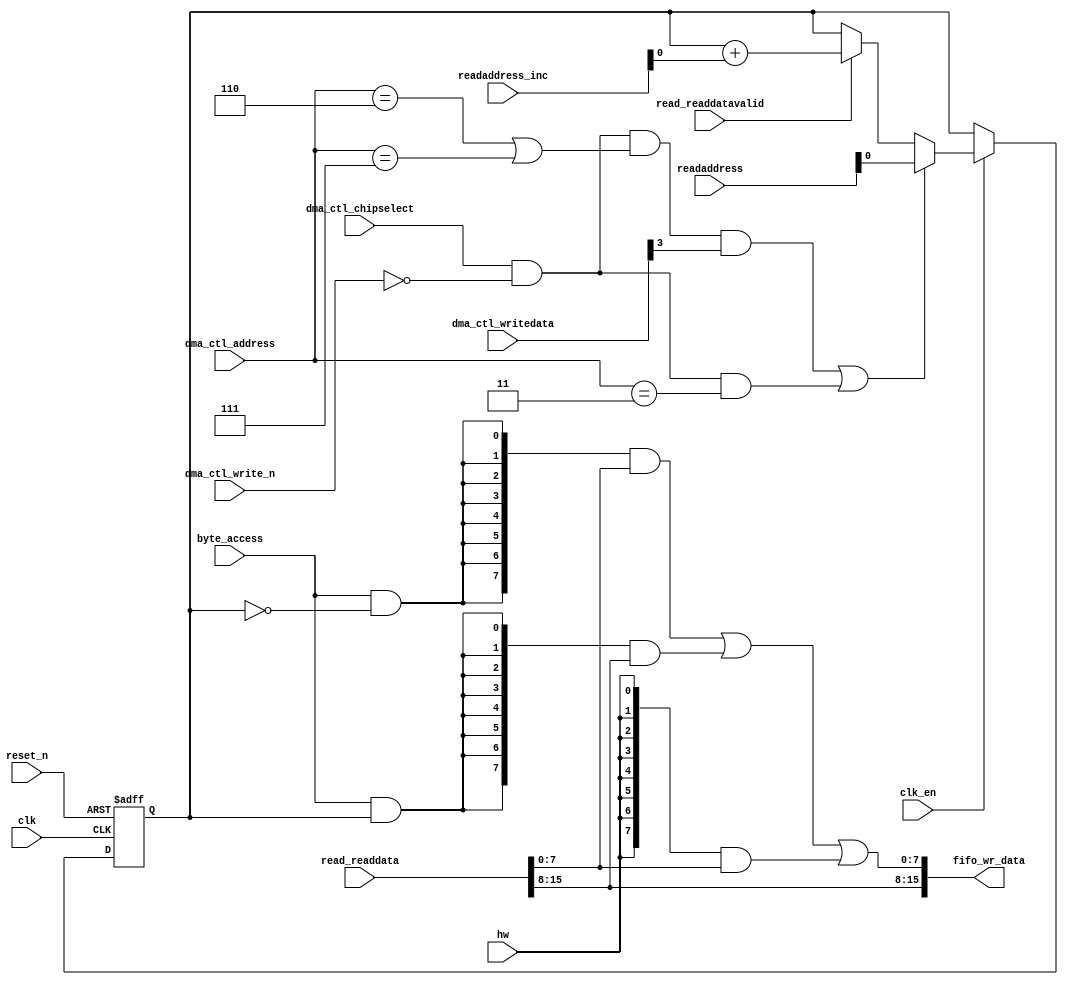
//Legal Notice: (C)2012 Altera Corporation. All rights reserved.  Your
//use of Altera Corporation's design tools, logic functions and other
//software and tools, and its AMPP partner logic functions, and any
//output files any of the foregoing (including device programming or
//simulation files), and any associated documentation or information are
//expressly subject to the terms and conditions of the Altera Program
//License Subscription Agreement or other applicable license agreement,
//including, without limitation, that your use is for the sole purpose
//of programming logic devices manufactured by Altera and sold by Altera
//or its authorized distributors.  Please refer to the applicable
//agreement for further details.

// synthesis translate_off
`timescale 1ns / 1ps
// synthesis translate_on

// turn off superfluous verilog processor warnings 
// altera message_level Level1 
// altera message_off 10034 10035 10036 10037 10230 10240 10030 

module dma_read_data_mux (
                           // inputs:
                            byte_access,
                            clk,
                            clk_en,
                            dma_ctl_address,
                            dma_ctl_chipselect,
                            dma_ctl_write_n,
                            dma_ctl_writedata,
                            hw,
                            read_readdata,
                            read_readdatavalid,
                            readaddress,
                            readaddress_inc,
                            reset_n,

                           // outputs:
                            fifo_wr_data
                         )
;

  output  [ 15: 0] fifo_wr_data;
  input            byte_access;
  input            clk;
  input            clk_en;
  input   [  2: 0] dma_ctl_address;
  input            dma_ctl_chipselect;
  input            dma_ctl_write_n;
  input   [ 23: 0] dma_ctl_writedata;
  input            hw;
  input   [ 15: 0] read_readdata;
  input            read_readdatavalid;
  input   [ 23: 0] readaddress;
  input   [  4: 0] readaddress_inc;
  input            reset_n;

  wire             control_write;
  wire    [ 15: 0] fifo_wr_data;
  wire             length_write;
  wire             read_data_mux_input;
  reg              readdata_mux_select;
  assign control_write = dma_ctl_chipselect & ~dma_ctl_write_n & ((dma_ctl_address == 6) || (dma_ctl_address == 7));
  assign length_write = dma_ctl_chipselect & ~dma_ctl_write_n & (dma_ctl_address == 3);
  assign read_data_mux_input = ((control_write && dma_ctl_writedata[3] || length_write))? readaddress[1 : 0] :
    (read_readdatavalid)? (readdata_mux_select + readaddress_inc) :
    readdata_mux_select;

  // Reset value: the transaction size bits of the read address reset value.
  always @(posedge clk or negedge reset_n)
    begin
      if (reset_n == 0)
          readdata_mux_select <= 0;
      else if (clk_en)
          readdata_mux_select <= read_data_mux_input;
    end


  assign fifo_wr_data[15 : 8] = read_readdata[15 : 8];
  assign fifo_wr_data[7 : 0] = ({8 {(byte_access & (readdata_mux_select == 0))}} & read_readdata[7 : 0]) |
    ({8 {(byte_access & (readdata_mux_select == 1))}} & read_readdata[15 : 8]) |
    ({8 {hw}} & read_readdata[7 : 0]);


endmodule



// turn off superfluous verilog processor warnings 
// altera message_level Level1 
// altera message_off 10034 10035 10036 10037 10230 10240 10030 

module dma_byteenables (
                         // inputs:
                          byte_access,
                          hw,
                          write_address,

                         // outputs:
                          write_byteenable
                       )
;

  output  [  1: 0] write_byteenable;
  input            byte_access;
  input            hw;
  input   [ 23: 0] write_address;

  wire             wa_0_is_0;
  wire             wa_0_is_1;
  wire    [  1: 0] write_byteenable;
  assign wa_0_is_1 = write_address[0] == 1'h1;
  assign wa_0_is_0 = write_address[0] == 1'h0;
  assign write_byteenable = ({2 {byte_access}} & {wa_0_is_1, wa_0_is_0}) |
    ({2 {hw}} & 2'b11);


endmodule



// turn off superfluous verilog processor warnings 
// altera message_level Level1 
// altera message_off 10034 10035 10036 10037 10230 10240 10030 

module dma_fifo_module_fifo_ram_module (
                                         // inputs:
                                          clk,
                                          data,
                                          rdaddress,
                                          rdclken,
                                          reset_n,
                                          wraddress,
                                          wrclock,
                                          wren,

                                         // outputs:
                                          q
                                       )
;

  output  [ 15: 0] q;
  input            clk;
  input   [ 15: 0] data;
  input   [  4: 0] rdaddress;
  input            rdclken;
  input            reset_n;
  input   [  4: 0] wraddress;
  input            wrclock;
  input            wren;

  reg     [ 15: 0] mem_array [ 31: 0];
  wire    [ 15: 0] q;
  reg     [  4: 0] read_address;

//synthesis translate_off
//////////////// SIMULATION-ONLY CONTENTS
  always @(posedge clk or negedge reset_n)
    begin
      if (reset_n == 0)
          read_address <= 0;
      else if (rdclken)
          read_address <= rdaddress;
    end


  // Data read is synchronized through latent_rdaddress.
  assign q = mem_array[read_address];

  always @(posedge wrclock)
    begin
      // Write data
      if (wren)
          mem_array[wraddress] <= data;
    end



//////////////// END SIMULATION-ONLY CONTENTS

//synthesis translate_on
//synthesis read_comments_as_HDL on
//  always @(rdaddress)
//    begin
//      read_address = rdaddress;
//    end
//
//
//  lpm_ram_dp lpm_ram_dp_component
//    (
//      .data (data),
//      .q (q),
//      .rdaddress (read_address),
//      .rdclken (rdclken),
//      .rdclock (clk),
//      .wraddress (wraddress),
//      .wrclock (wrclock),
//      .wren (wren)
//    );
//
//  defparam lpm_ram_dp_component.lpm_file = "UNUSED",
//           lpm_ram_dp_component.lpm_hint = "USE_EAB=ON",
//           lpm_ram_dp_component.lpm_indata = "REGISTERED",
//           lpm_ram_dp_component.lpm_outdata = "UNREGISTERED",
//           lpm_ram_dp_component.lpm_rdaddress_control = "REGISTERED",
//           lpm_ram_dp_component.lpm_width = 16,
//           lpm_ram_dp_component.lpm_widthad = 5,
//           lpm_ram_dp_component.lpm_wraddress_control = "REGISTERED",
//           lpm_ram_dp_component.suppress_memory_conversion_warnings = "ON";
//
//synthesis read_comments_as_HDL off

endmodule



// turn off superfluous verilog processor warnings 
// altera message_level Level1 
// altera message_off 10034 10035 10036 10037 10230 10240 10030 

module dma_fifo_module (
                         // inputs:
                          clk,
                          clk_en,
                          fifo_read,
                          fifo_wr_data,
                          fifo_write,
                          flush_fifo,
                          inc_pending_data,
                          reset_n,

                         // outputs:
                          fifo_datavalid,
                          fifo_empty,
                          fifo_rd_data,
                          p1_fifo_full
                       )
;

  output           fifo_datavalid;
  output           fifo_empty;
  output  [ 15: 0] fifo_rd_data;
  output           p1_fifo_full;
  input            clk;
  input            clk_en;
  input            fifo_read;
  input   [ 15: 0] fifo_wr_data;
  input            fifo_write;
  input            flush_fifo;
  input            inc_pending_data;
  input            reset_n;

  wire    [  4: 0] estimated_rdaddress;
  reg     [  4: 0] estimated_wraddress;
  wire             fifo_datavalid;
  wire             fifo_dec;
  reg              fifo_empty;
  reg              fifo_full;
  wire             fifo_inc;
  wire    [ 15: 0] fifo_ram_q;
  wire    [ 15: 0] fifo_rd_data;
  reg              last_write_collision;
  reg     [ 15: 0] last_write_data;
  wire    [  4: 0] p1_estimated_wraddress;
  wire             p1_fifo_empty;
  wire             p1_fifo_full;
  wire    [  4: 0] p1_wraddress;
  wire    [  4: 0] rdaddress;
  reg     [  4: 0] rdaddress_reg;
  reg     [  4: 0] wraddress;
  wire             write_collision;
  assign p1_wraddress = (fifo_write)? wraddress - 1 :
    wraddress;

  always @(posedge clk or negedge reset_n)
    begin
      if (reset_n == 0)
          wraddress <= 0;
      else if (clk_en)
          if (flush_fifo)
              wraddress <= 0;
          else 
            wraddress <= p1_wraddress;
    end


  assign rdaddress = flush_fifo ? 0 : fifo_read ? (rdaddress_reg - 1) : rdaddress_reg;
  always @(posedge clk or negedge reset_n)
    begin
      if (reset_n == 0)
          rdaddress_reg <= 0;
      else 
        rdaddress_reg <= rdaddress;
    end


  assign fifo_datavalid = ~fifo_empty;
  assign fifo_inc = fifo_write & ~fifo_read;
  assign fifo_dec = fifo_read & ~fifo_write;
  assign estimated_rdaddress = rdaddress_reg - 1;
  assign p1_estimated_wraddress = (inc_pending_data)? estimated_wraddress - 1 :
    estimated_wraddress;

  always @(posedge clk or negedge reset_n)
    begin
      if (reset_n == 0)
          estimated_wraddress <= {5 {1'b1}};
      else if (clk_en)
          if (flush_fifo)
              estimated_wraddress <= {5 {1'b1}};
          else 
            estimated_wraddress <= p1_estimated_wraddress;
    end


  assign p1_fifo_empty = flush_fifo  | ((~fifo_inc & fifo_empty) | (fifo_dec & (wraddress == estimated_rdaddress)));
  always @(posedge clk or negedge reset_n)
    begin
      if (reset_n == 0)
          fifo_empty <= 1;
      else if (clk_en)
          fifo_empty <= p1_fifo_empty;
    end


  assign p1_fifo_full = ~flush_fifo & ((~fifo_dec & fifo_full)  | (inc_pending_data & (estimated_wraddress == rdaddress)));
  always @(posedge clk or negedge reset_n)
    begin
      if (reset_n == 0)
          fifo_full <= 0;
      else if (clk_en)
          fifo_full <= p1_fifo_full;
    end


  assign write_collision = fifo_write && (wraddress == rdaddress);
  always @(posedge clk or negedge reset_n)
    begin
      if (reset_n == 0)
          last_write_data <= 0;
      else if (write_collision)
          last_write_data <= fifo_wr_data;
    end


  always @(posedge clk or negedge reset_n)
    begin
      if (reset_n == 0)
          last_write_collision <= 0;
      else if (write_collision)
          last_write_collision <= -1;
      else if (fifo_read)
          last_write_collision <= 0;
    end


  assign fifo_rd_data = last_write_collision ? last_write_data : fifo_ram_q;
  //dma_fifo_module_fifo_ram, which is an e_ram
  dma_fifo_module_fifo_ram_module dma_fifo_module_fifo_ram
    (
      .clk       (clk),
      .data      (fifo_wr_data),
      .q         (fifo_ram_q),
      .rdaddress (rdaddress),
      .rdclken   (1'b1),
      .reset_n   (reset_n),
      .wraddress (wraddress),
      .wrclock   (clk),
      .wren      (fifo_write)
    );


endmodule



// turn off superfluous verilog processor warnings 
// altera message_level Level1 
// altera message_off 10034 10035 10036 10037 10230 10240 10030 

module dma_mem_read (
                      // inputs:
                       clk,
                       clk_en,
                       go,
                       p1_done_read,
                       p1_fifo_full,
                       read_waitrequest,
                       reset_n,

                      // outputs:
                       inc_read,
                       mem_read_n
                    )
;

  output           inc_read;
  output           mem_read_n;
  input            clk;
  input            clk_en;
  input            go;
  input            p1_done_read;
  input            p1_fifo_full;
  input            read_waitrequest;
  input            reset_n;

  reg              dma_mem_read_access;
  reg              dma_mem_read_idle;
  wire             inc_read;
  wire             mem_read_n;
  wire             p1_read_select;
  reg              read_select;
  assign mem_read_n = ~read_select;
  always @(posedge clk or negedge reset_n)
    begin
      if (reset_n == 0)
          read_select <= 0;
      else if (clk_en)
          read_select <= p1_read_select;
    end


  assign inc_read = read_select & ~read_waitrequest;
  // Transitions into state 'idle'.
  always @(posedge clk or negedge reset_n)
    begin
      if (reset_n == 0)
          dma_mem_read_idle <= 1;
      else if (clk_en)
          dma_mem_read_idle <= ((dma_mem_read_idle == 1) & (go == 0)) |
                    ((dma_mem_read_idle == 1) & (p1_done_read == 1)) |
                    ((dma_mem_read_idle == 1) & (p1_fifo_full == 1)) |
                    ((dma_mem_read_access == 1) & (p1_fifo_full == 1) & (read_waitrequest == 0)) |
                    ((dma_mem_read_access == 1) & (p1_done_read == 1) & (read_waitrequest == 0));

    end


  // Transitions into state 'access'.
  always @(posedge clk or negedge reset_n)
    begin
      if (reset_n == 0)
          dma_mem_read_access <= 0;
      else if (clk_en)
          dma_mem_read_access <= ((dma_mem_read_idle == 1) & (p1_fifo_full == 0) & (p1_done_read == 0) & (go == 1)) |
                    ((dma_mem_read_access == 1) & (read_waitrequest == 1)) |
                    ((dma_mem_read_access == 1) & (p1_fifo_full == 0) & (p1_done_read == 0) & (read_waitrequest == 0));

    end


  assign p1_read_select = ({1 {((dma_mem_read_access && (read_waitrequest == 1)))}} & 1) |
    ({1 {((dma_mem_read_access && (p1_done_read == 0) && (p1_fifo_full == 0) && (read_waitrequest == 0)))}} & 1) |
    ({1 {((dma_mem_read_idle && (go == 1) && (p1_done_read == 0) && (p1_fifo_full == 0)))}} & 1);


endmodule



// turn off superfluous verilog processor warnings 
// altera message_level Level1 
// altera message_off 10034 10035 10036 10037 10230 10240 10030 

module dma_mem_write (
                       // inputs:
                        d1_enabled_write_endofpacket,
                        fifo_datavalid,
                        write_waitrequest,

                       // outputs:
                        fifo_read,
                        inc_write,
                        mem_write_n,
                        write_select
                     )
;

  output           fifo_read;
  output           inc_write;
  output           mem_write_n;
  output           write_select;
  input            d1_enabled_write_endofpacket;
  input            fifo_datavalid;
  input            write_waitrequest;

  wire             fifo_read;
  wire             inc_write;
  wire             mem_write_n;
  wire             write_select;
  assign write_select = fifo_datavalid & ~d1_enabled_write_endofpacket;
  assign mem_write_n = ~write_select;
  assign fifo_read = write_select & ~write_waitrequest;
  assign inc_write = fifo_read;

endmodule



// turn off superfluous verilog processor warnings 
// altera message_level Level1 
// altera message_off 10034 10035 10036 10037 10230 10240 10030 

// DMA peripheral dma
//Mastered by:
//cpu/data_master; 
//Read slaves:
//DE0_SOPC_clock_1/in; 
//Write slaves:
//DE0_SOPC_clock_2/in; 


module dma (
             // inputs:
              clk,
              dma_ctl_address,
              dma_ctl_chipselect,
              dma_ctl_write_n,
              dma_ctl_writedata,
              read_endofpacket,
              read_readdata,
              read_readdatavalid,
              read_waitrequest,
              system_reset_n,
              write_endofpacket,
              write_waitrequest,

             // outputs:
              dma_ctl_irq,
              dma_ctl_readdata,
              dma_ctl_readyfordata,
              read_address,
              read_chipselect,
              read_flush,
              read_read_n,
              write_address,
              write_byteenable,
              write_chipselect,
              write_write_n,
              write_writedata
           )
;

  output           dma_ctl_irq;
  output  [ 23: 0] dma_ctl_readdata;
  output           dma_ctl_readyfordata;
  output  [ 23: 0] read_address;
  output           read_chipselect;
  output           read_flush;
  output           read_read_n;
  output  [ 23: 0] write_address;
  output  [  1: 0] write_byteenable;
  output           write_chipselect;
  output           write_write_n;
  output  [ 15: 0] write_writedata;
  input            clk;
  input   [  2: 0] dma_ctl_address;
  input            dma_ctl_chipselect;
  input            dma_ctl_write_n;
  input   [ 23: 0] dma_ctl_writedata;
  input            read_endofpacket;
  input   [ 15: 0] read_readdata;
  input            read_readdatavalid;
  input            read_waitrequest;
  input            system_reset_n;
  input            write_endofpacket;
  input            write_waitrequest;

  wire             busy;
  wire             byte_access;
  wire             clk_en;
  reg     [ 12: 0] control;
  reg              d1_done_transaction;
  reg              d1_enabled_write_endofpacket;
  reg              d1_read_got_endofpacket;
  reg              d1_softwarereset;
  wire             dma_ctl_irq;
  reg     [ 23: 0] dma_ctl_readdata;
  wire             dma_ctl_readyfordata;
  reg              done;
  wire             done_transaction;
  reg              done_write;
  wire             doubleword;
  wire             enabled_write_endofpacket;
  wire             fifo_datavalid;
  wire             fifo_empty;
  wire    [ 15: 0] fifo_rd_data;
  wire    [ 15: 0] fifo_rd_data_as_byte_access;
  wire    [ 15: 0] fifo_rd_data_as_hw;
  wire             fifo_read;
  wire    [ 15: 0] fifo_wr_data;
  wire             fifo_write;
  wire             fifo_write_data_valid;
  wire             flush_fifo;
  wire             go;
  wire             hw;
  wire             i_en;
  wire             inc_read;
  wire             inc_write;
  wire             leen;
  reg              len;
  reg     [ 23: 0] length;
  reg              length_eq_0;
  wire             mem_read_n;
  wire             mem_write_n;
  wire    [ 12: 0] p1_control;
  wire    [ 23: 0] p1_dma_ctl_readdata;
  wire             p1_done_read;
  wire             p1_done_write;
  wire             p1_fifo_full;
  wire    [ 23: 0] p1_length;
  wire             p1_length_eq_0;
  wire             p1_read_got_endofpacket;
  wire    [ 23: 0] p1_readaddress;
  wire             p1_write_got_endofpacket;
  wire    [ 23: 0] p1_writeaddress;
  wire    [ 23: 0] p1_writelength;
  wire             p1_writelength_eq_0;
  wire             quadword;
  wire             rcon;
  wire    [ 23: 0] read_address;
  wire             read_chipselect;
  wire             read_flush;
  reg              read_got_endofpacket;
  wire             read_read_n;
  reg     [ 23: 0] readaddress;
  wire    [  4: 0] readaddress_inc;
  wire             reen;
  reg              reop;
  wire             reset_n;
  wire             set_software_reset_bit;
  reg              software_reset_request;
  wire             softwarereset;
  wire    [  4: 0] status;
  wire             status_register_write;
  wire             wcon;
  wire             ween;
  reg              weop;
  wire             word;
  wire    [ 23: 0] write_address;
  wire    [  1: 0] write_byteenable;
  wire             write_chipselect;
  reg              write_got_endofpacket;
  wire             write_select;
  wire             write_write_n;
  wire    [ 15: 0] write_writedata;
  reg     [ 23: 0] writeaddress;
  wire    [  4: 0] writeaddress_inc;
  reg     [ 23: 0] writelength;
  reg              writelength_eq_0;
  assign clk_en = 1;
  //control_port_slave, which is an e_avalon_slave
  //read_master, which is an e_avalon_master
  dma_read_data_mux the_dma_read_data_mux
    (
      .byte_access        (byte_access),
      .clk                (clk),
      .clk_en             (clk_en),
      .dma_ctl_address    (dma_ctl_address),
      .dma_ctl_chipselect (dma_ctl_chipselect),
      .dma_ctl_write_n    (dma_ctl_write_n),
      .dma_ctl_writedata  (dma_ctl_writedata),
      .fifo_wr_data       (fifo_wr_data),
      .hw                 (hw),
      .read_readdata      (read_readdata),
      .read_readdatavalid (read_readdatavalid),
      .readaddress        (readaddress),
      .readaddress_inc    (readaddress_inc),
      .reset_n            (reset_n)
    );

  //write_master, which is an e_avalon_master
  dma_byteenables the_dma_byteenables
    (
      .byte_access      (byte_access),
      .hw               (hw),
      .write_address    (write_address),
      .write_byteenable (write_byteenable)
    );

  assign dma_ctl_readyfordata = ~busy;
  assign read_read_n = mem_read_n;
  assign status_register_write = dma_ctl_chipselect & ~dma_ctl_write_n & (dma_ctl_address == 0);
  // read address
  always @(posedge clk or negedge reset_n)
    begin
      if (reset_n == 0)
          readaddress <= 24'h0;
      else if (clk_en)
          readaddress <= p1_readaddress;
    end


  assign p1_readaddress = ((dma_ctl_chipselect & ~dma_ctl_write_n & (dma_ctl_address == 1)))? dma_ctl_writedata :
    (inc_read)? (readaddress + readaddress_inc) :
    readaddress;

  // write address
  always @(posedge clk or negedge reset_n)
    begin
      if (reset_n == 0)
          writeaddress <= 24'h0;
      else if (clk_en)
          writeaddress <= p1_writeaddress;
    end


  assign p1_writeaddress = ((dma_ctl_chipselect & ~dma_ctl_write_n & (dma_ctl_address == 2)))? dma_ctl_writedata :
    (inc_write)? (writeaddress + writeaddress_inc) :
    writeaddress;

  // length in bytes
  always @(posedge clk or negedge reset_n)
    begin
      if (reset_n == 0)
          length <= 24'h0;
      else if (clk_en)
          length <= p1_length;
    end


  assign p1_length = ((dma_ctl_chipselect & ~dma_ctl_write_n & (dma_ctl_address == 3)))? dma_ctl_writedata :
    ((inc_read && (!length_eq_0)))? length - {1'b0,
    1'b0,
    1'b0,
    hw,
    byte_access} :
    length;

  // control register
  always @(posedge clk or negedge reset_n)
    begin
      if (reset_n == 0)
          control <= 13'h84;
      else if (clk_en)
          control <= p1_control;
    end


  assign p1_control = ((dma_ctl_chipselect & ~dma_ctl_write_n & ((dma_ctl_address == 6) || (dma_ctl_address == 7))))? dma_ctl_writedata :
    control;

  // write master length
  always @(posedge clk or negedge reset_n)
    begin
      if (reset_n == 0)
          writelength <= 24'h0;
      else if (clk_en)
          writelength <= p1_writelength;
    end


  assign p1_writelength = ((dma_ctl_chipselect & ~dma_ctl_write_n & (dma_ctl_address == 3)))? dma_ctl_writedata :
    ((inc_write && (!writelength_eq_0)))? writelength - {1'b0,
    1'b0,
    1'b0,
    hw,
    byte_access} :
    writelength;

  assign p1_writelength_eq_0 = inc_write && (!writelength_eq_0) && ((writelength  - {1'b0,
    1'b0,
    1'b0,
    hw,
    byte_access}) == 0);

  assign p1_length_eq_0 = inc_read && (!length_eq_0) && ((length  - {1'b0,
    1'b0,
    1'b0,
    hw,
    byte_access}) == 0);

  always @(posedge clk or negedge reset_n)
    begin
      if (reset_n == 0)
          length_eq_0 <= 1;
      else if (clk_en)
          if (dma_ctl_chipselect & ~dma_ctl_write_n & (dma_ctl_address == 3))
              length_eq_0 <= 0;
          else if (p1_length_eq_0)
              length_eq_0 <= -1;
    end


  always @(posedge clk or negedge reset_n)
    begin
      if (reset_n == 0)
          writelength_eq_0 <= 1;
      else if (clk_en)
          if (dma_ctl_chipselect & ~dma_ctl_write_n & (dma_ctl_address == 3))
              writelength_eq_0 <= 0;
          else if (p1_writelength_eq_0)
              writelength_eq_0 <= -1;
    end


  assign writeaddress_inc = (wcon)? 0 :
    {1'b0,
    1'b0,
    1'b0,
    hw,
    byte_access};

  assign readaddress_inc = (rcon)? 0 :
    {1'b0,
    1'b0,
    1'b0,
    hw,
    byte_access};

  assign p1_dma_ctl_readdata = ({24 {(dma_ctl_address == 0)}} & status) |
    ({24 {(dma_ctl_address == 1)}} & readaddress) |
    ({24 {(dma_ctl_address == 2)}} & writeaddress) |
    ({24 {(dma_ctl_address == 3)}} & writelength) |
    ({24 {(dma_ctl_address == 6)}} & control);

  always @(posedge clk or negedge reset_n)
    begin
      if (reset_n == 0)
          dma_ctl_readdata <= 0;
      else if (clk_en)
          dma_ctl_readdata <= p1_dma_ctl_readdata;
    end


  assign done_transaction = go & done_write;
  always @(posedge clk or negedge reset_n)
    begin
      if (reset_n == 0)
          done <= 0;
      else if (clk_en)
          if (status_register_write)
              done <= 0;
          else if (done_transaction & ~d1_done_transaction)
              done <= -1;
    end


  always @(posedge clk or negedge reset_n)
    begin
      if (reset_n == 0)
          d1_done_transaction <= 0;
      else if (clk_en)
          d1_done_transaction <= done_transaction;
    end


  assign busy = go & ~done_write;
  assign status[0] = done;
  assign status[1] = busy;
  assign status[2] = reop;
  assign status[3] = weop;
  assign status[4] = len;
  assign byte_access = control[0];
  assign hw = control[1];
  assign word = control[2];
  assign go = control[3];
  assign i_en = control[4];
  assign reen = control[5];
  assign ween = control[6];
  assign leen = control[7];
  assign rcon = control[8];
  assign wcon = control[9];
  assign doubleword = control[10];
  assign quadword = control[11];
  assign softwarereset = control[12];
  assign dma_ctl_irq = i_en & done;
  assign p1_read_got_endofpacket = ~status_register_write && (read_got_endofpacket || (read_endofpacket & reen));
  assign p1_write_got_endofpacket = ~status_register_write && (write_got_endofpacket || (inc_write & write_endofpacket & ween));
  always @(posedge clk or negedge reset_n)
    begin
      if (reset_n == 0)
          read_got_endofpacket <= 0;
      else if (clk_en)
          read_got_endofpacket <= p1_read_got_endofpacket;
    end


  always @(posedge clk or negedge reset_n)
    begin
      if (reset_n == 0)
          write_got_endofpacket <= 0;
      else if (clk_en)
          write_got_endofpacket <= p1_write_got_endofpacket;
    end


  assign flush_fifo = ~d1_done_transaction & done_transaction;
  dma_fifo_module the_dma_fifo_module
    (
      .clk              (clk),
      .clk_en           (clk_en),
      .fifo_datavalid   (fifo_datavalid),
      .fifo_empty       (fifo_empty),
      .fifo_rd_data     (fifo_rd_data),
      .fifo_read        (fifo_read),
      .fifo_wr_data     (fifo_wr_data),
      .fifo_write       (fifo_write),
      .flush_fifo       (flush_fifo),
      .inc_pending_data (inc_read),
      .p1_fifo_full     (p1_fifo_full),
      .reset_n          (reset_n)
    );

  //the_dma_mem_read, which is an e_instance
  dma_mem_read the_dma_mem_read
    (
      .clk              (clk),
      .clk_en           (clk_en),
      .go               (go),
      .inc_read         (inc_read),
      .mem_read_n       (mem_read_n),
      .p1_done_read     (p1_done_read),
      .p1_fifo_full     (p1_fifo_full),
      .read_waitrequest (read_waitrequest),
      .reset_n          (reset_n)
    );

  assign fifo_write = fifo_write_data_valid;
  assign enabled_write_endofpacket = write_endofpacket & ween;
  always @(posedge clk or negedge reset_n)
    begin
      if (reset_n == 0)
          d1_enabled_write_endofpacket <= 0;
      else if (clk_en)
          d1_enabled_write_endofpacket <= enabled_write_endofpacket;
    end


  dma_mem_write the_dma_mem_write
    (
      .d1_enabled_write_endofpacket (d1_enabled_write_endofpacket),
      .fifo_datavalid               (fifo_datavalid),
      .fifo_read                    (fifo_read),
      .inc_write                    (inc_write),
      .mem_write_n                  (mem_write_n),
      .write_select                 (write_select),
      .write_waitrequest            (write_waitrequest)
    );

  assign p1_done_read = (leen && (p1_length_eq_0 || (length_eq_0))) | p1_read_got_endofpacket | p1_done_write;
  always @(posedge clk or negedge reset_n)
    begin
      if (reset_n == 0)
          len <= 0;
      else if (clk_en)
          if (status_register_write)
              len <= 0;
          else if (~d1_done_transaction & done_transaction && (writelength_eq_0))
              len <= -1;
    end


  always @(posedge clk or negedge reset_n)
    begin
      if (reset_n == 0)
          reop <= 0;
      else if (clk_en)
          if (status_register_write)
              reop <= 0;
          else if (fifo_empty & read_got_endofpacket & d1_read_got_endofpacket)
              reop <= -1;
    end


  always @(posedge clk or negedge reset_n)
    begin
      if (reset_n == 0)
          weop <= 0;
      else if (clk_en)
          if (status_register_write)
              weop <= 0;
          else if (write_got_endofpacket)
              weop <= -1;
    end


  assign p1_done_write = (leen && (p1_writelength_eq_0 || writelength_eq_0)) | p1_write_got_endofpacket | fifo_empty & d1_read_got_endofpacket;
  always @(posedge clk or negedge reset_n)
    begin
      if (reset_n == 0)
          d1_read_got_endofpacket <= 0;
      else if (clk_en)
          d1_read_got_endofpacket <= read_got_endofpacket;
    end


  // Write has completed when the length goes to 0, or
  //the write source said end-of-packet, or
  //the read source said end-of-packet and the fifo has emptied.
  always @(posedge clk or negedge reset_n)
    begin
      if (reset_n == 0)
          done_write <= 0;
      else if (clk_en)
          done_write <= p1_done_write;
    end


  assign read_address = readaddress;
  assign write_address = writeaddress;
  assign write_chipselect = write_select;
  assign read_chipselect = ~read_read_n;
  assign write_write_n = mem_write_n;
  assign read_flush = flush_fifo;
  assign fifo_rd_data_as_byte_access = {fifo_rd_data[7 : 0],
    fifo_rd_data[7 : 0]};

  assign fifo_rd_data_as_hw = fifo_rd_data[15 : 0];
  assign write_writedata = ({16 {byte_access}} & fifo_rd_data_as_byte_access) |
    ({16 {hw}} & fifo_rd_data_as_hw);

  assign fifo_write_data_valid = read_readdatavalid;
  assign set_software_reset_bit = ((dma_ctl_chipselect & ~dma_ctl_write_n & ((dma_ctl_address == 6) || (dma_ctl_address == 7)))) & (dma_ctl_address != 7) & dma_ctl_writedata[12];
  always @(posedge clk or negedge system_reset_n)
    begin
      if (system_reset_n == 0)
          d1_softwarereset <= 0;
      else if (set_software_reset_bit | software_reset_request)
          d1_softwarereset <= softwarereset & ~software_reset_request;
    end


  always @(posedge clk or negedge system_reset_n)
    begin
      if (system_reset_n == 0)
          software_reset_request <= 0;
      else if (set_software_reset_bit | software_reset_request)
          software_reset_request <= d1_softwarereset & ~software_reset_request;
    end


  assign reset_n = ~(~system_reset_n | software_reset_request);

endmodule